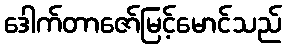
ဒေါက်တာဇော်မြင့်မောင်သည်